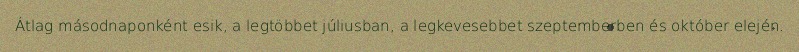
Átlag másodnaponként esik, a legtöbbet júliusban, a legkevesebbet szeptemberben és október elején.